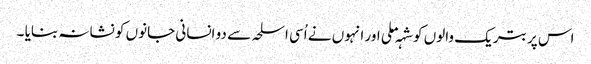
اس پر بتریک والوں کو شہہ ملی اور انہوں نے اُسی اسلحہ سے دو انسانی جانوں کو نشانہ بنایا ۔